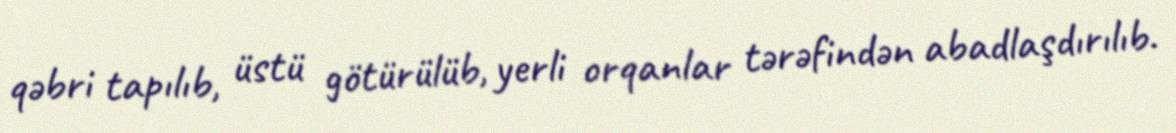
qəbri tapılıb, üstü götürülüb, yerli orqanlar tərəfindən abadlaşdırılıb.